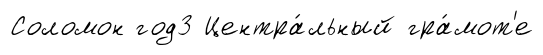
Соломон год3 Центра́льный гра́мот'е